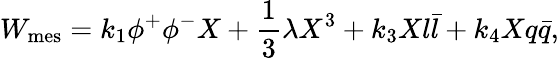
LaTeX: W_{\mathrm{mes}}=k_{1}\phi^{+}\phi^{-}X+\frac{1}{3}\lambda X^{3}+k_{3}Xl\bar{l}+k_{4}Xq\bar{q},